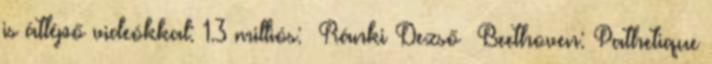
is átlépő videókkal: 1.3 milliós: Ránki Dezső Beethoven: Pathetique